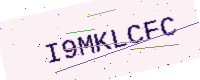
Text: I9MKLCFC